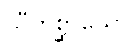
သီတစ္ဆာယော